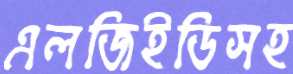
এলজিইডিসহ